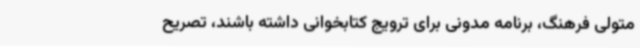
متولی فرهنگ، برنامه مدونی برای ترویج کتابخوانی داشته باشند، تصریح